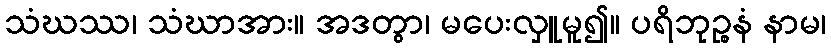
သံဃဿ၊ သံဃာအား။ အဒတွာ၊ မပေးလှူမူ၍။ ပရိဘုဉ္စနံ နာမ၊